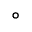
^ \circ